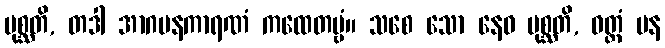
ပုစ္ဆတိ, တဒါ အာဂမနကာရဏံ ကထေတဗ္ဗံ။ သစေ သော နေဝ ပုစ္ဆတိ, ဝတ္တံ ပန